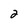
Character: 2